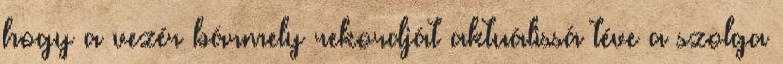
hogy a vezér bármely rekordját aktuálissá téve a szolga